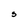
Character: S